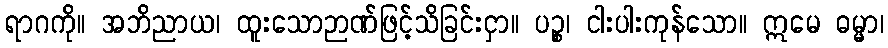
ရာဂကို။ အဘိညာယ၊ ထူးသောဉာဏ်ဖြင့်သိခြင်းငှာ။ ပဉ္စ၊ ငါးပါးကုန်သော။ ဣမေ ဓမ္မာ၊